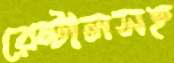
রেন্টালসহ